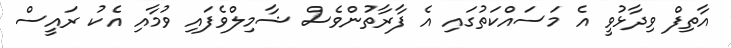
އާތިފް ވިދާޅުވީ އެ މަސައްކަތުގައި އެ ފާރާތުންވެސް ޝާމިލްވެފައި ވުމާއި އެކު ރައީސް